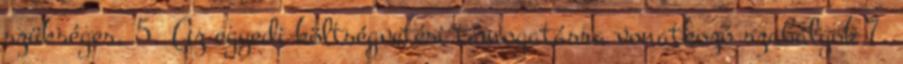
szükséges. 5. Az egyedi költségvetési támogatásra vonatkozó szabályok 7.